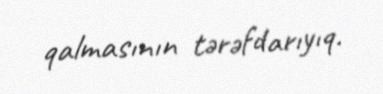
qalmasının tərəfdarıyıq.